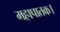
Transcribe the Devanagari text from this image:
महापातक।